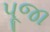
પૂજા